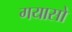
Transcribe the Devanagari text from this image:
गयासो